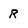
Character: r